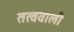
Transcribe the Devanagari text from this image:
तत्ववाली